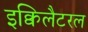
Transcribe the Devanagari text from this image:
इक्विलैटरल